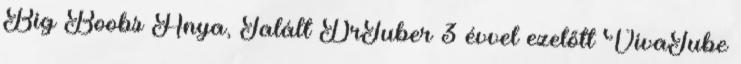
Big Boobs Anya, Talált DrTuber 3 évvel ezelőtt VivaTube